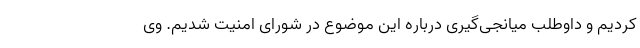
کردیم و داوطلب میانجی‌گیری درباره این موضوع در شورای امنیت شدیم. وی